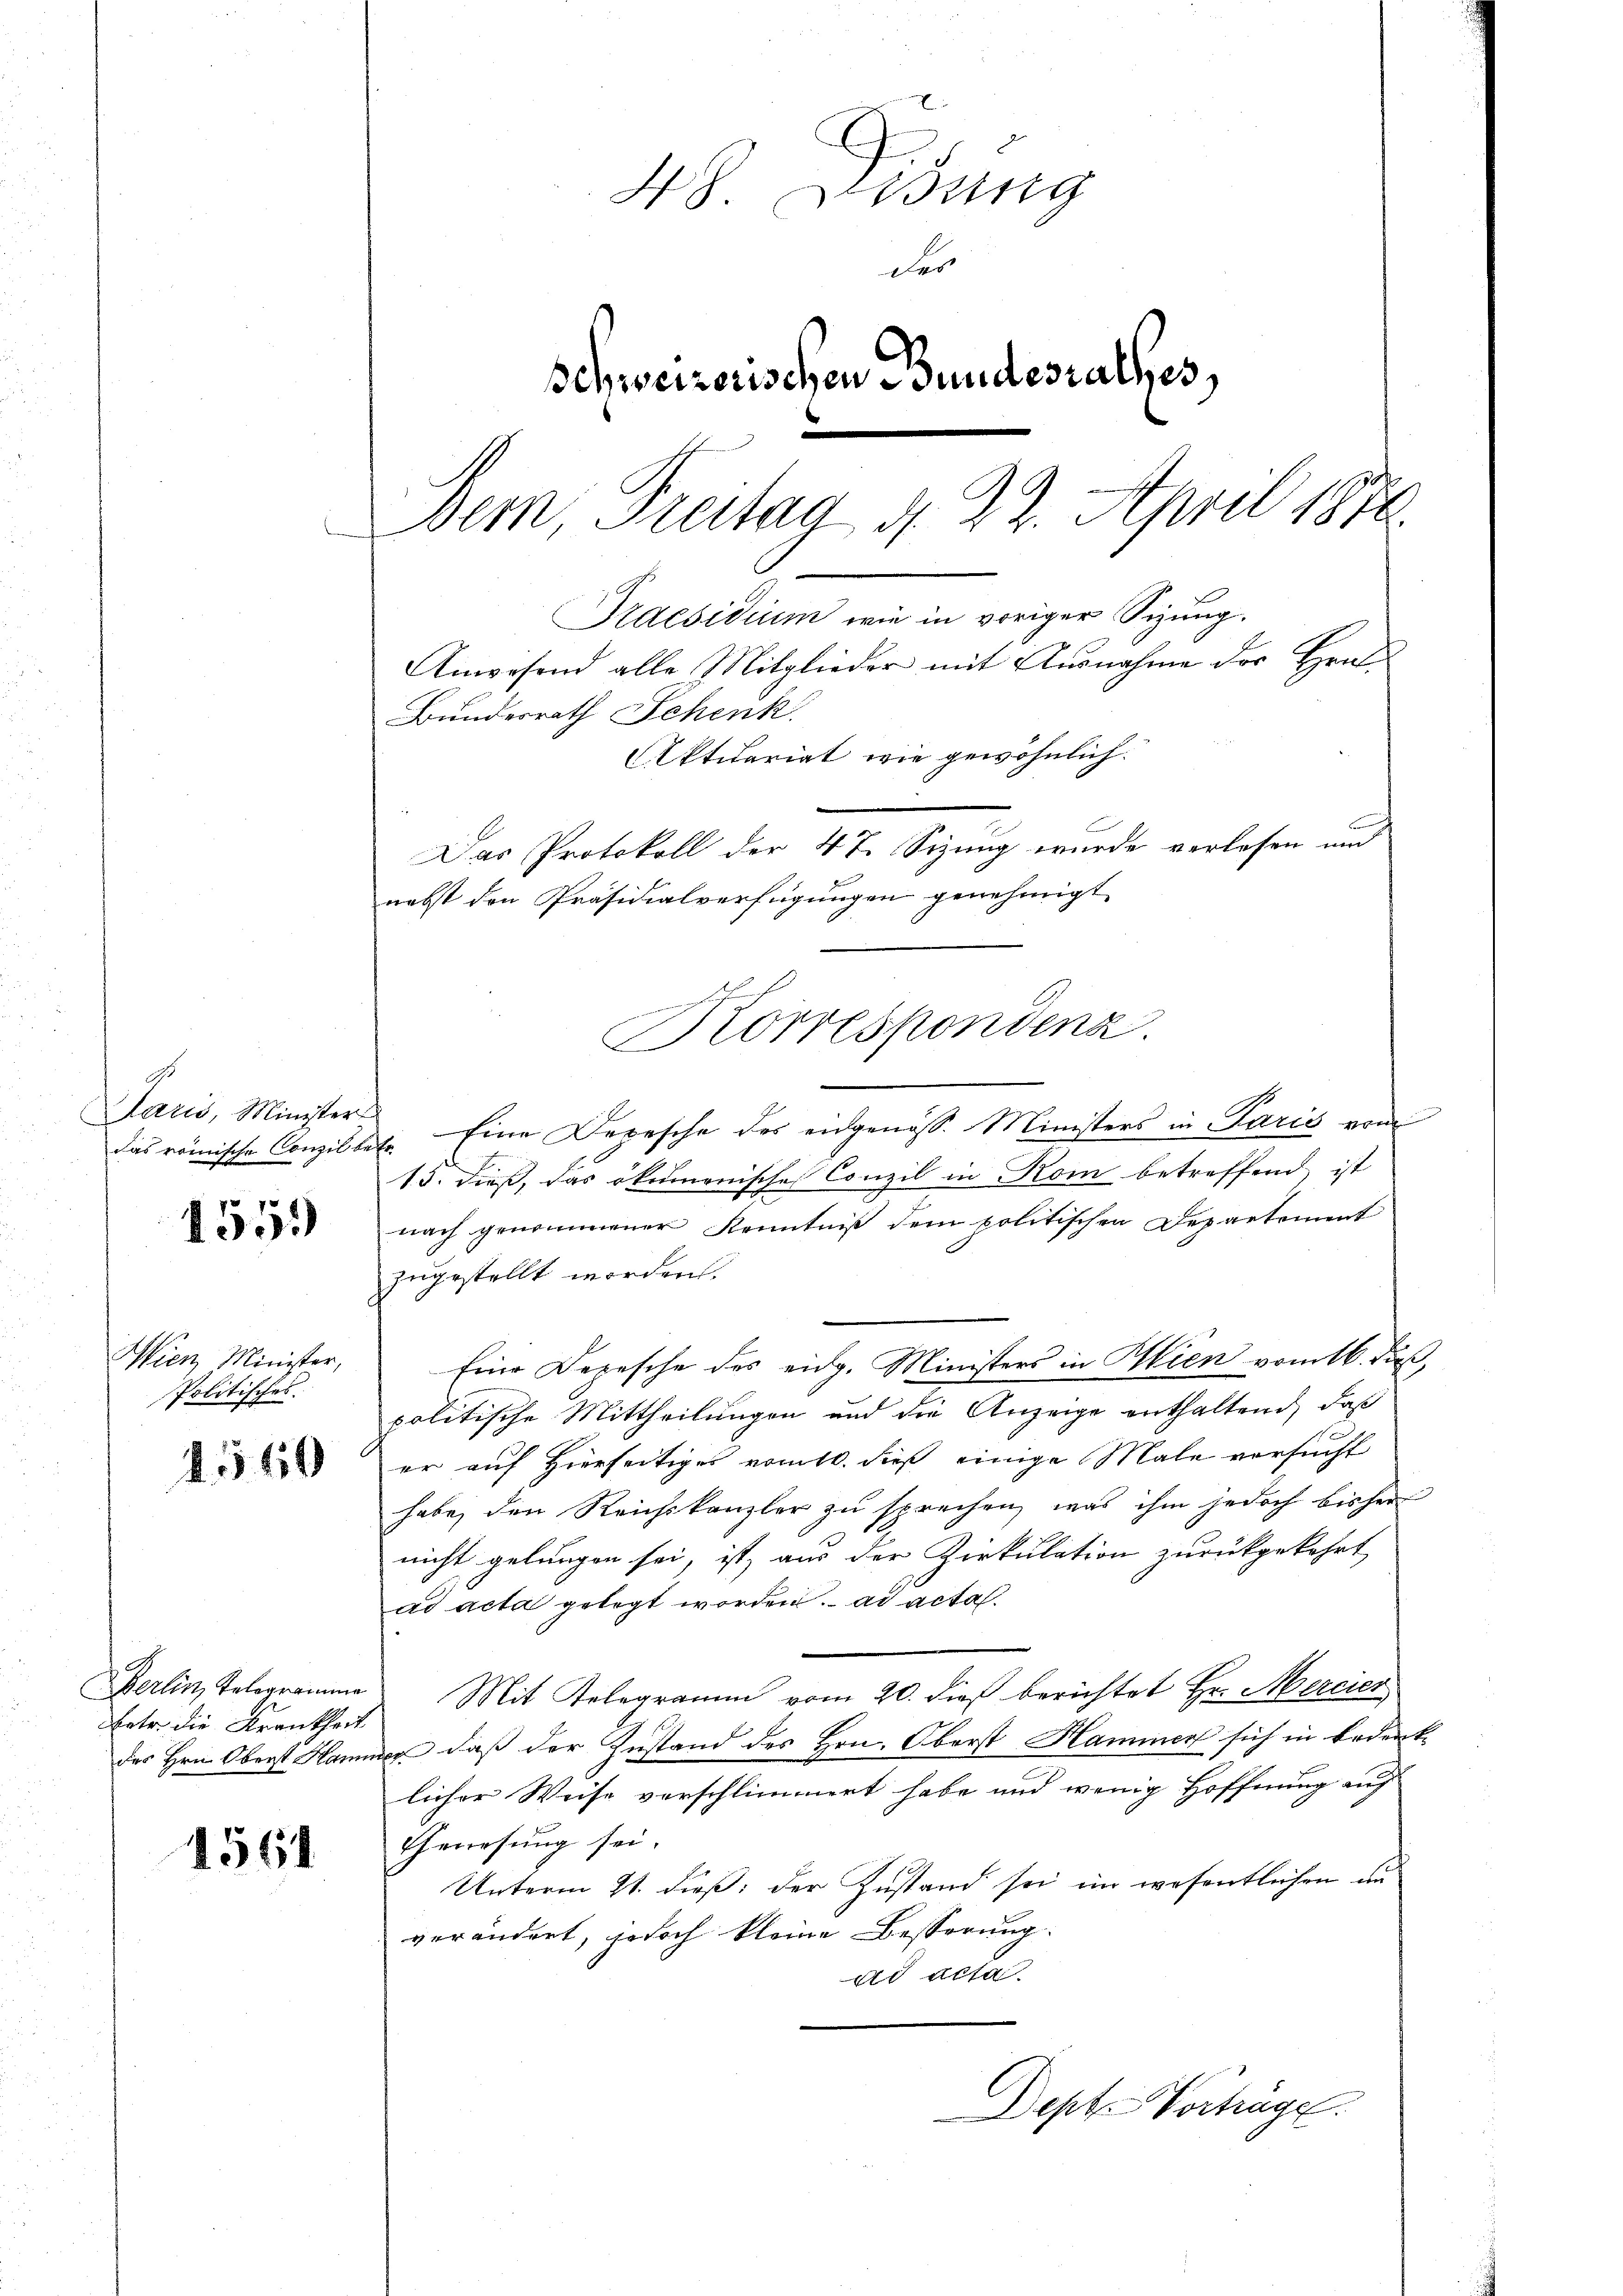
9.
Saris, Minister
das römische Conzil be-

1559

Wien Minister,
Politisches.

2560

Berlin Telegramme
Betr. die Krankheit
des Hrn. Oberst Hann

1564

48. Lesung
des
Schweizerischen Bundesrathes,
Dem Freitag d. 22. April 1876.
Praesidium wie in voriger Sizung.
Anwesend alle Mitglieder mit Ausnahme der Hrn.
Bundesrath Schenk
Aktitariat wie gewöhnlich.
Das Protokoll der 47. Sizung wurde verlesen und
nebst den Präsidialverfügungen genehmigt

Korrespondenz.

Eine Depesche des eidgenöss. Ministers in Paris vom
1
13. dieß, das ökemonische Conzil in Kom betreffend ist
nach genommener Kenntniß dem politischen Departement
zugestellt worden.
Eine Depesche des eidg. Ministers in Wien vom 16. Fuß,
politische Mittheilungen und die Anzeige enthaltend, daß
er auf Hierseitiges vom 10. dieß einige Male versucht
habe, den Reichskanzler zu sprechen, was ihm jedoch bisher
nicht gelungen sei, ist, aus der Zirkulation zurückgekehrt
ad acta gelegt worden. ad acta.
Mit Telegramm vom 20. dieß berichtet Hr. Mercier
wo daß der Zustand des Hrn. Oberst Hammer sich in Bedenk-
licher Weise verschlimmert habe und wenig Hoffnung auf
Genesung sei.
Unterm 21. dieß: der Zustand sei im wesentlichen un
verändert, jedoch kleine Besserung.
dd acta
Dept. Worträge.